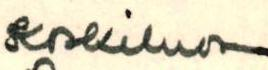
Koskiluoma